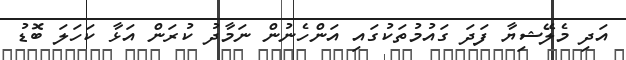
އަދި މެލޭޝިޔާ ފަދަ ގައުމުތަކުގައި އަންހެނުން ނަމާދު ކުރަން އަޅާ ކަހަލަ ބޮޑު